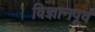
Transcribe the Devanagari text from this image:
विज्ञानपूर्व